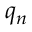
q _ { n }